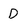
Character: D